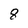
Character: 8